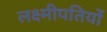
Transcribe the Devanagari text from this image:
लक्ष्मीपतियों